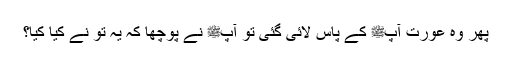
پھر وہ عورت آپﷺ کے پاس لائی گئی تو آپﷺ نے پوچھا کہ یہ تو نے کیا کیا؟